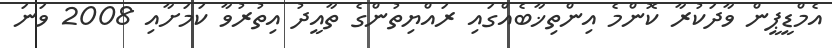
އެމްޑީޕީން ވާދަކުރާ ކޮންމެ އިންތިޚާބެއްގައި ރައްޔިތުންގެ ތާއީދު އިތުރުވާ ކަމަށާއި 2008 ވަނަ